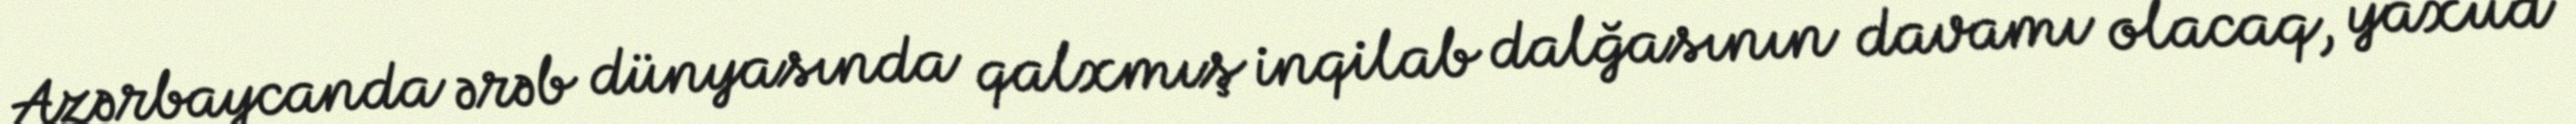
Azərbaycanda ərəb dünyasında qalxmış inqilab dalğasının davamı olacaq, yaxud